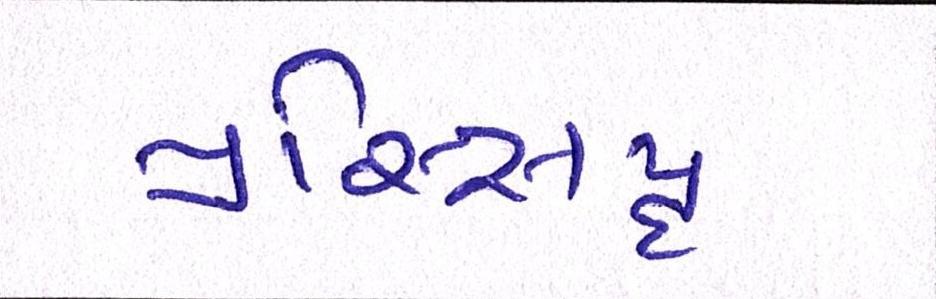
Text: પ્રસ્સિદ્ધ